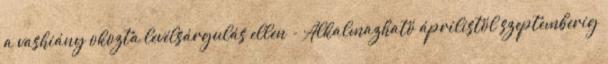
a vashiány okozta levélsárgulás ellen - Alkalmazható áprilistól szeptemberig